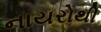
નાયરોથી